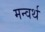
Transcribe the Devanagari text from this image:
मन्वर्थ